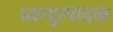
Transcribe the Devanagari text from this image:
ध्वन्युत्पादक